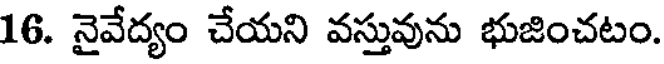
16. నైవేద్యం చేయని వస్తువును భుజించటం.